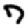
Digit: 7